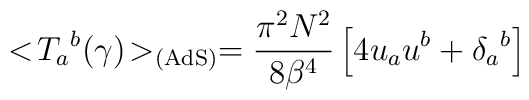
<\!{{    T}_{a}}^b(\gamma)\!>_{\rm (AdS)}={\pi^2 N^2 \over 8 {\beta}^4}\left[ 4u_au^b   +{{\delta}_a}^b\right]